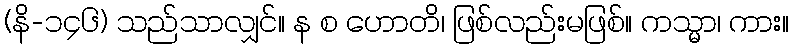
(နိ-၁၄၆) သည်သာလျှင်။ န စ ဟောတိ၊ ဖြစ်လည်းမဖြစ်။ ကသ္မာ၊ ကား။